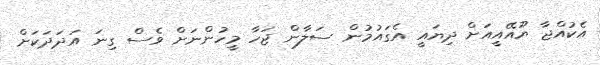
އެކުއްޖާ ޔޫއޭއީއަށް ދިޔައީ އެގައުމުން ސަލާން ޖަހާ މީހުންނަށް ވެސް ގިނަ އަދަދަކަށް